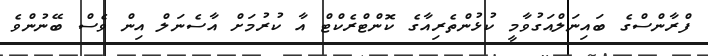
ފްރާންސްގެ ބައިނަލްއަގުވާމީ ކުޅުންތެރިއާގެ ކޮންޓްރެކްޓް އާ ކުރުމަށް އާސެނަލް އިން ވެސް ބޭނުންވެ